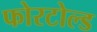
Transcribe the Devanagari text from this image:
फोरटोल्‍ड